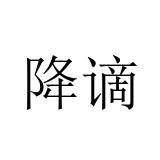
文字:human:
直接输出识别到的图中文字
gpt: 降谪